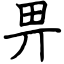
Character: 畀